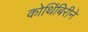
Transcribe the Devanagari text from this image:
कोथिंबिरीने